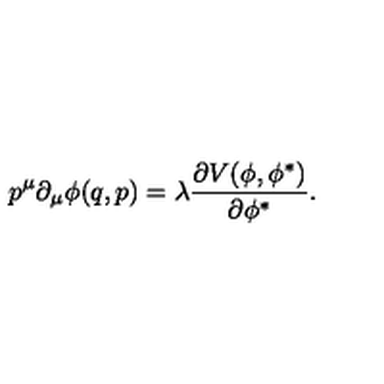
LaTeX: p ^ { \mu } \partial _ { \mu } \phi ( q , p ) = \lambda \frac { \partial V ( \phi , \phi ^ { \ast } ) } { \partial \phi ^ { \ast } } .